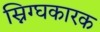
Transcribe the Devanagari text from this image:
स्निग्घकारक